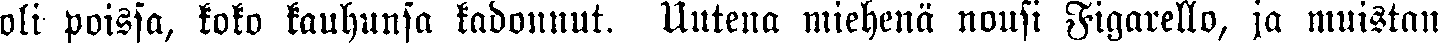
oli poissa, koko kauhunsa kadonnut. Uutena miehenä nousi Figarello, ja muistan